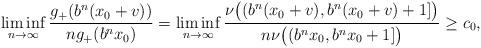
LaTeX: \begin{align*} \liminf_{n\to\infty} \frac{g_+(b^n(x_0+v))}{n g_+(b^nx_0)} = \liminf_{n\to\infty} \frac{\nu\big((b^n(x_0+v),b^n(x_0+v)+1]\big)}{n\nu\big((b^n x_0,b^nx_0+1]\big)} \ge c_0,\end{align*}